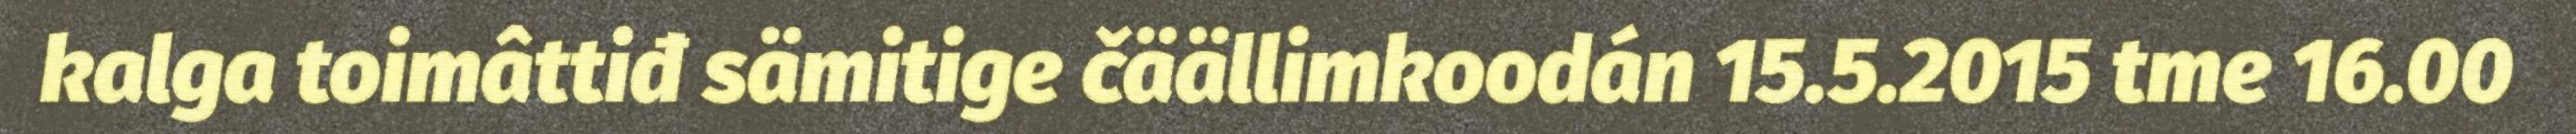
kalga toimâttiđ sämitige čäällimkoodán 15.5.2015 tme 16.00